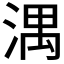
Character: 湡